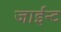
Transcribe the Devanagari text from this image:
जाईन्ट